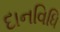
દાનવિધિ